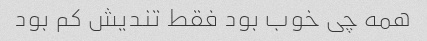
همه چی خوب بود فقط تندیش کم بود